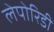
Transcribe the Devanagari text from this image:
लेपोरिडी